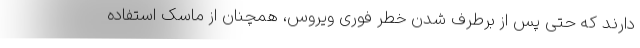
دارند که حتی پس از برطرف شدن خطر فوری ویروس، همچنان از ماسک استفاده